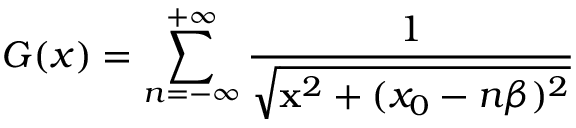
G ( x ) = \sum _ { n = - \infty } ^ { + \infty } \frac { 1 } { \sqrt { { \bf x } ^ { 2 } + ( x _ { 0 } - n \beta ) ^ { 2 } } }